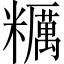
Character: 糲